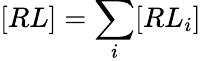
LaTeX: [RL]=\sum_{i}[RL_{i}]